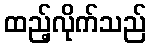
ထည့်လိုက်သည်